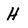
Character: H